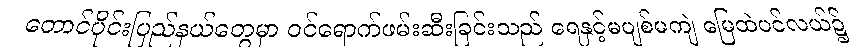
တောင်ပိုင်းပြည်နယ်တွေမှာ ဝင်ရောက်ဖမ်းဆီးခြင်းသည် ရေနှင့်မပျစ်မကျဲ မြေထဲပင်လယ်၌